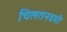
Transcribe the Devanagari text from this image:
चिलतनवमी